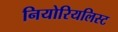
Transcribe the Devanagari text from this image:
नियोरियलिस्ट